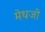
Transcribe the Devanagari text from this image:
मेधजो